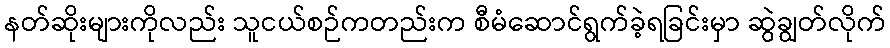
နတ်ဆိုးများကိုလည်း သူငယ်စဉ်ကတည်းက စီမံဆောင်ရွက်ခဲ့ရခြင်းမှာ ဆွဲချွတ်လိုက်